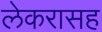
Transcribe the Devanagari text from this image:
लेकरासह